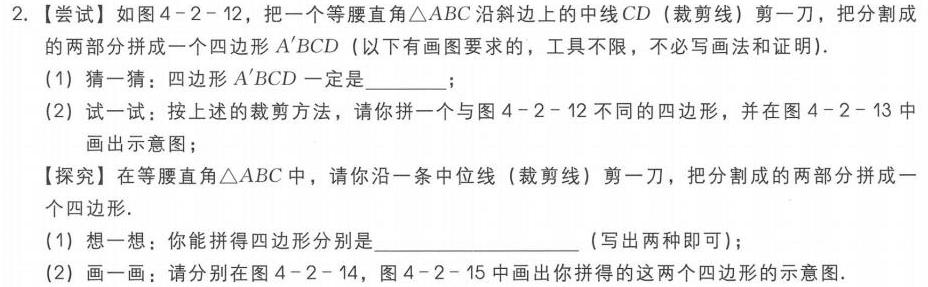
2. 【尝试】如图4 - 2 - 12，把一个等腰直角\(\triangle ABC\)沿斜边上的中线\(CD\)（裁剪线）剪一刀，把分割成
的两部分拼成一个四边形\(A'BCD\)（以下有画图要求的，工具不限，不必画法和证明）.
(1) 猜一猜：四边形\(A'BCD\)一定是______；
(2) 试一试：按上述的裁剪方法，请你拼一个与图4 - 2 - 12不同的四边形，并在图4 - 2 - 13中
画出示意图；
【探究】在等腰直角\(\triangle ABC\)中，请你沿一条中位线（裁剪线）剪一刀，把分割成的两部分拼成一
个四边形.
(1) 想一想：你能拼得四边形分别是________________（写出两种即可）；
(2) 画一画：请分别在图4 - 2 - 14，图4 - 2 - 15中画出你拼得的这两个四边形的示意图.